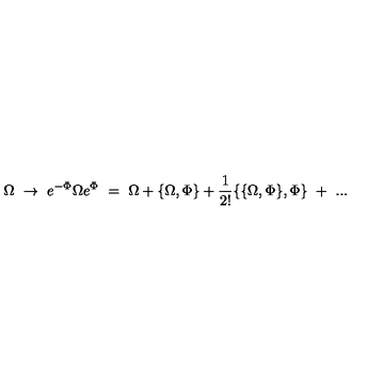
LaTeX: \Omega \ \to \ e ^ { - \Phi } \Omega e ^ { \Phi } \ = \ \Omega + \{ \Omega , \Phi \} + \frac { 1 } { 2 ! } \{ \{ \Omega , \Phi \} , \Phi \} \ + \ . . .